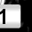
Digit: 1